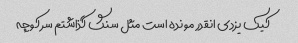
کیک یزدی انقدر مونده است مثل سنگ گذاشتم سر کوچه